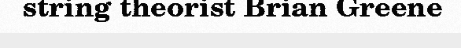
string theorist Brian Greene